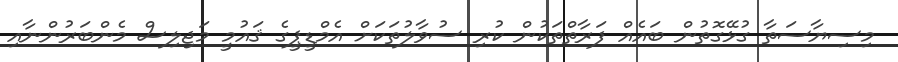
މިސިޔާސަތާ ގުޅޭގޮތުން ބައެއް ފަރާތްތަކުން ކުރި ސުވާލުތަކަށް އެމްޑީޕީގެ ޤައުމީ މަޖިލިސް މެންބަރުންނާއި